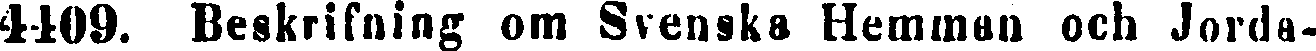
4409. Beskrifning om Svenska Hemman och Jorda-